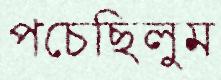
পচেছিলুম